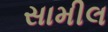
સામીલ